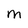
Character: m